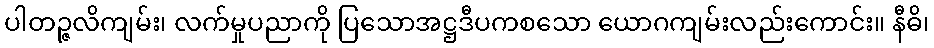
ပါတဉ္ဇလိကျမ်း၊ လက်မှုပညာကို ပြသောအဋ္ဌဒီပကစသော ယောဂကျမ်းလည်းကောင်း။ နီဓိ၊